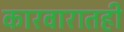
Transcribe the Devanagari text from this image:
कारवारातही